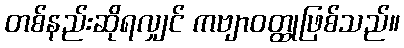
တစ်နည်းဆိုရလျှင် ကဗျာဝတ္ထုဖြစ်သည်။